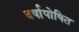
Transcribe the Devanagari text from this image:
वर्षापोषित